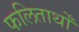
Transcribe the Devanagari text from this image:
फलितार्थों